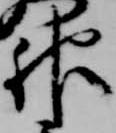
神